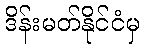
ဒိန်းမတ်နိုင်ငံမှ